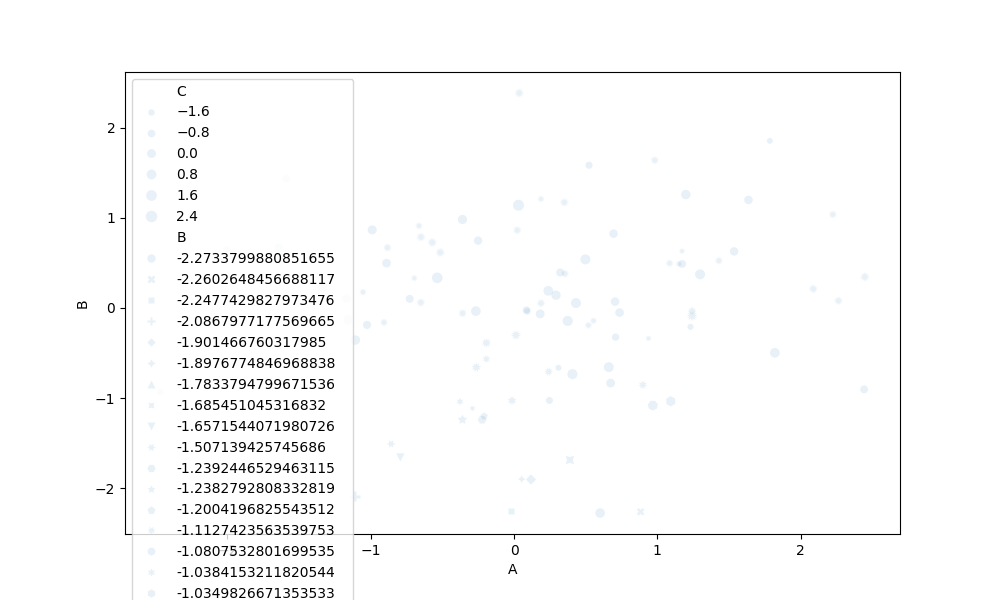
python, seaborn, scatterplot, hue='None', style='B', size='C', palette='muted', alpha=0.1